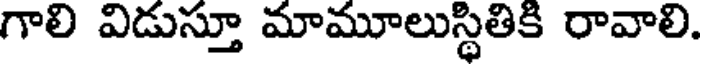
గాలి విడుస్తూ మామూలుస్థితికి రావాలి.